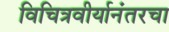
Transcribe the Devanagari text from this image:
विचित्रवीर्यानंतरचा